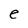
Character: e